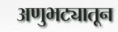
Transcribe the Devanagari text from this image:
अणुभट्यातून